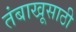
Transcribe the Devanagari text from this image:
तंबाखूसाठी